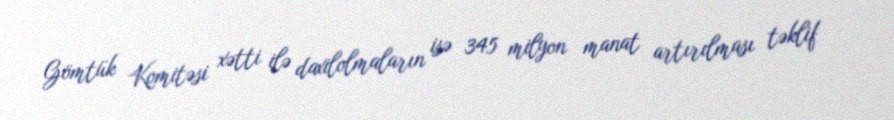
Gömtük Komitəsi xətti ilə daxilolmaların isə 345 milyon manat artırılması təklif